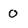
Character: 0